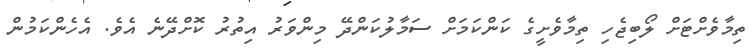
ތިމާވެށްޓަށް ލޯބިޖެހި ތިމާވެށީގެ ކަންކަމަށް ސަމާލުކަންދޭ މިންވަރު އިތުރު ކޮށްދޭނެ އެވެ. އެހެންކަމުން